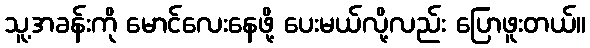
သူ့အခန်းကို မောင်လေးနေဖို့ ပေးမယ်လို့လည်း ပြောဖူးတယ်။